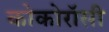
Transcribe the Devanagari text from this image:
कोकोरॉसी